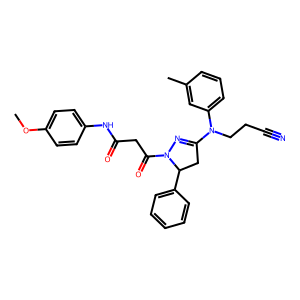
SMILES: COc1ccc(NC(=O)CC(=O)N2N=C(N(CCC#N)c3cccc(C)c3)CC2c2ccccc2)cc1
Inhibits HIV replication: No